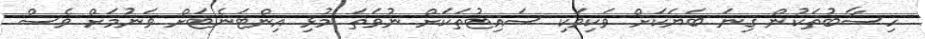
ހިސާބުތަކުން ގިނަ ބަޔަކަށް ވަކިވަކި ސައިޓުތަކަށް ނުވަތަ މުޅި އިންޓަނެޓަށް ވަނުމަށް ވެސް